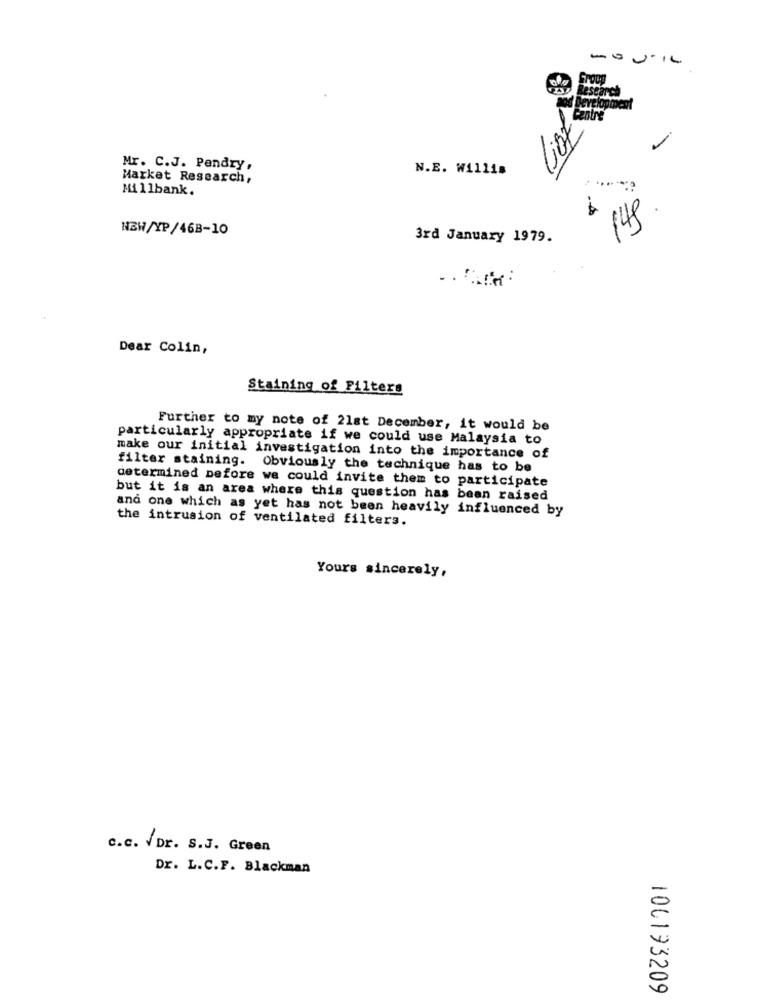
Group
Lesearch
Mr. C.J. Pendry,
N.E. Willis
Market Research,
Millbank.
149
NEW/YP/46B-10
3rd January 1979.
Dear Colin,
Staining of Filters
Further to my note of 21st December, it would be
particularly appropriate if we could use Malaysia to
make our initial investigation into the importance of
filter staining. Obviously the technique has to be
determined before we could invite them to participate
but it is an area where this question has been raised
and one which as yet has not been heavily influenced by
the intrusion of ventilated filters.
Yours sincerely,
c.c. VDr. S.J. Green
Dr. L.C.F. Blackman
100173209